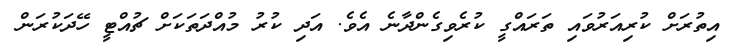
އިތުރަށް ކުރިއަރުވައި ތަރައްގީ ކުރެވިގެންދާނެ އެވެ. އަދި ކުރު މުއްދަތަކަށް ޗުއްޓީ ހޭދަކުރަން